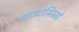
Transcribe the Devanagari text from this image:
साउदोसिस्मो